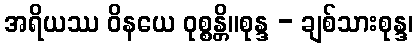
အရိယဿ ဝိနယေ ဝုစ္စန္တိ။စုန္ဒ - ချစ်သားစုန္ဒ၊